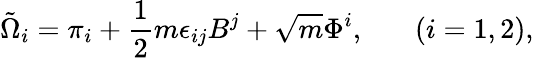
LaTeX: \tilde{\Omega}_{i}=\pi_{i}+\frac{1}{2}m\epsilon_{ij}B^{j}+\sqrt{m}\Phi^{i},{}~~~~~~~(i=1,2),